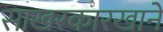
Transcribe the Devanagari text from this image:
साखरकारखाने